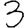
Digit: 3